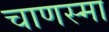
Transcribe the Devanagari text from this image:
चाणस्मा